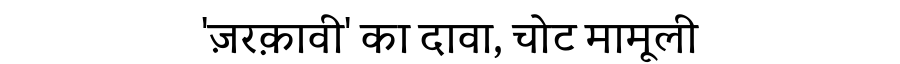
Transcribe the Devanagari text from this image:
'ज़रक़ावी' का दावा, चोट मामूली